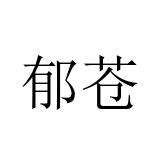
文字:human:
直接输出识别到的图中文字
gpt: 郁苍